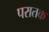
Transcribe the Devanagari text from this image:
परातक